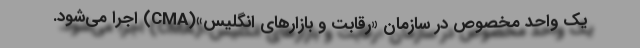
یک واحد مخصوص در سازمان «رقابت و بازارهای انگلیس»(CMA) اجرا می‌شود.